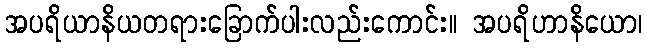
အပရိယာနိယတရားခြောက်ပါးလည်းကောင်း။ အပရိဟာနိယော၊